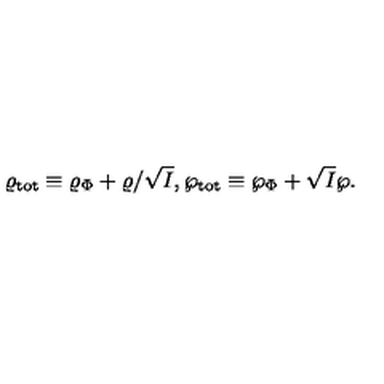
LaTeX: \varrho _ { \mathrm { t o t } } \equiv \varrho _ { \Phi } + \varrho / \sqrt { I } , \wp _ { \mathrm { t o t } } \equiv \wp _ { \Phi } + \sqrt { I } \wp .